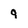
Character: 9